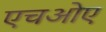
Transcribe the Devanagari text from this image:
एचओए